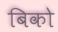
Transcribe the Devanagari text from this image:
बिको